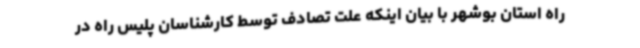
راه استان بوشهر با بیان اینکه علت تصادف توسط کارشناسان پلیس راه در